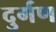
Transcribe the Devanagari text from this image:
दुर्गण